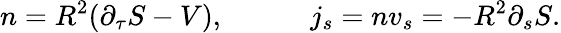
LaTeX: n=R^{2}{\left(\partial_{\tau}S-V\right)},\qquad\quad j_{s}=nv_{s}=-R^{2}\partial_{s}S.